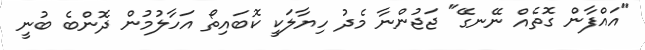
"އައްފާން ގޮތެއް ނޭނގޭ" ޖަޖުންނާ މެދު ހިޔާލަކީ ކޮބައިތޯ އަހާލުމުން ދޮންބެ ބުނީ